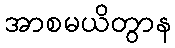
အာစမယိတွာန